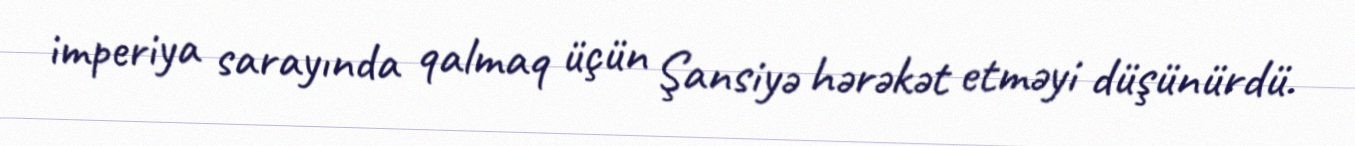
imperiya sarayında qalmaq üçün Şansiyə hərəkət etməyi düşünürdü.